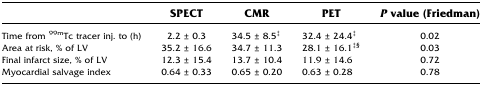
<table><thead><tr><td></td><td><b>SPECT</b></td><td><b>CMR</b></td><td><b>PET</b></td><td><b><i>P</i> value (Friedman)</b></td></tr></thead><tbody><tr><td>Time from <sup>99m</sup>Tc tracer inj. to (h)</td><td>2.2 ± 0.3</td><td>34.5 ± 8.5<sup>‡</sup></td><td>32.4 ± 24.4<sup>‡</sup></td><td>0.02</td></tr><tr><td>Area at risk, % of LV</td><td>35.2 ± 16.6</td><td>34.7 ± 11.3</td><td>28.1 ± 16.1<sup>‡§</sup></td><td>0.03</td></tr><tr><td>Final infarct size, % of LV</td><td>12.3 ± 15.4</td><td>13.7 ± 10.4</td><td>11.9 ± 14.6</td><td>0.72</td></tr><tr><td>Myocardial salvage index</td><td>0.64 ± 0.33</td><td>0.65 ± 0.20</td><td>0.63 ± 0.28</td><td>0.78</td></tr></tbody></table>